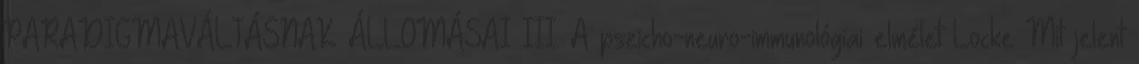
PARADIGMAVÁLTÁSNAK ÁLLOMÁSAI III. A pszicho-neuro-immunológiai elmélet Locke Mit jelent